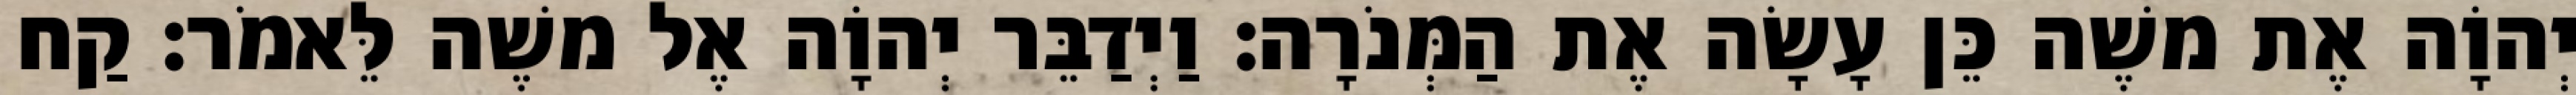
יְהוָֹה אֶת משֶׁה כֵּן עָשָׂה אֶת הַמְּנֹרָה׃ וַיְדַבֵּר יְהוָֹה אֶל משֶׁה לֵּאמֹר׃ קַח